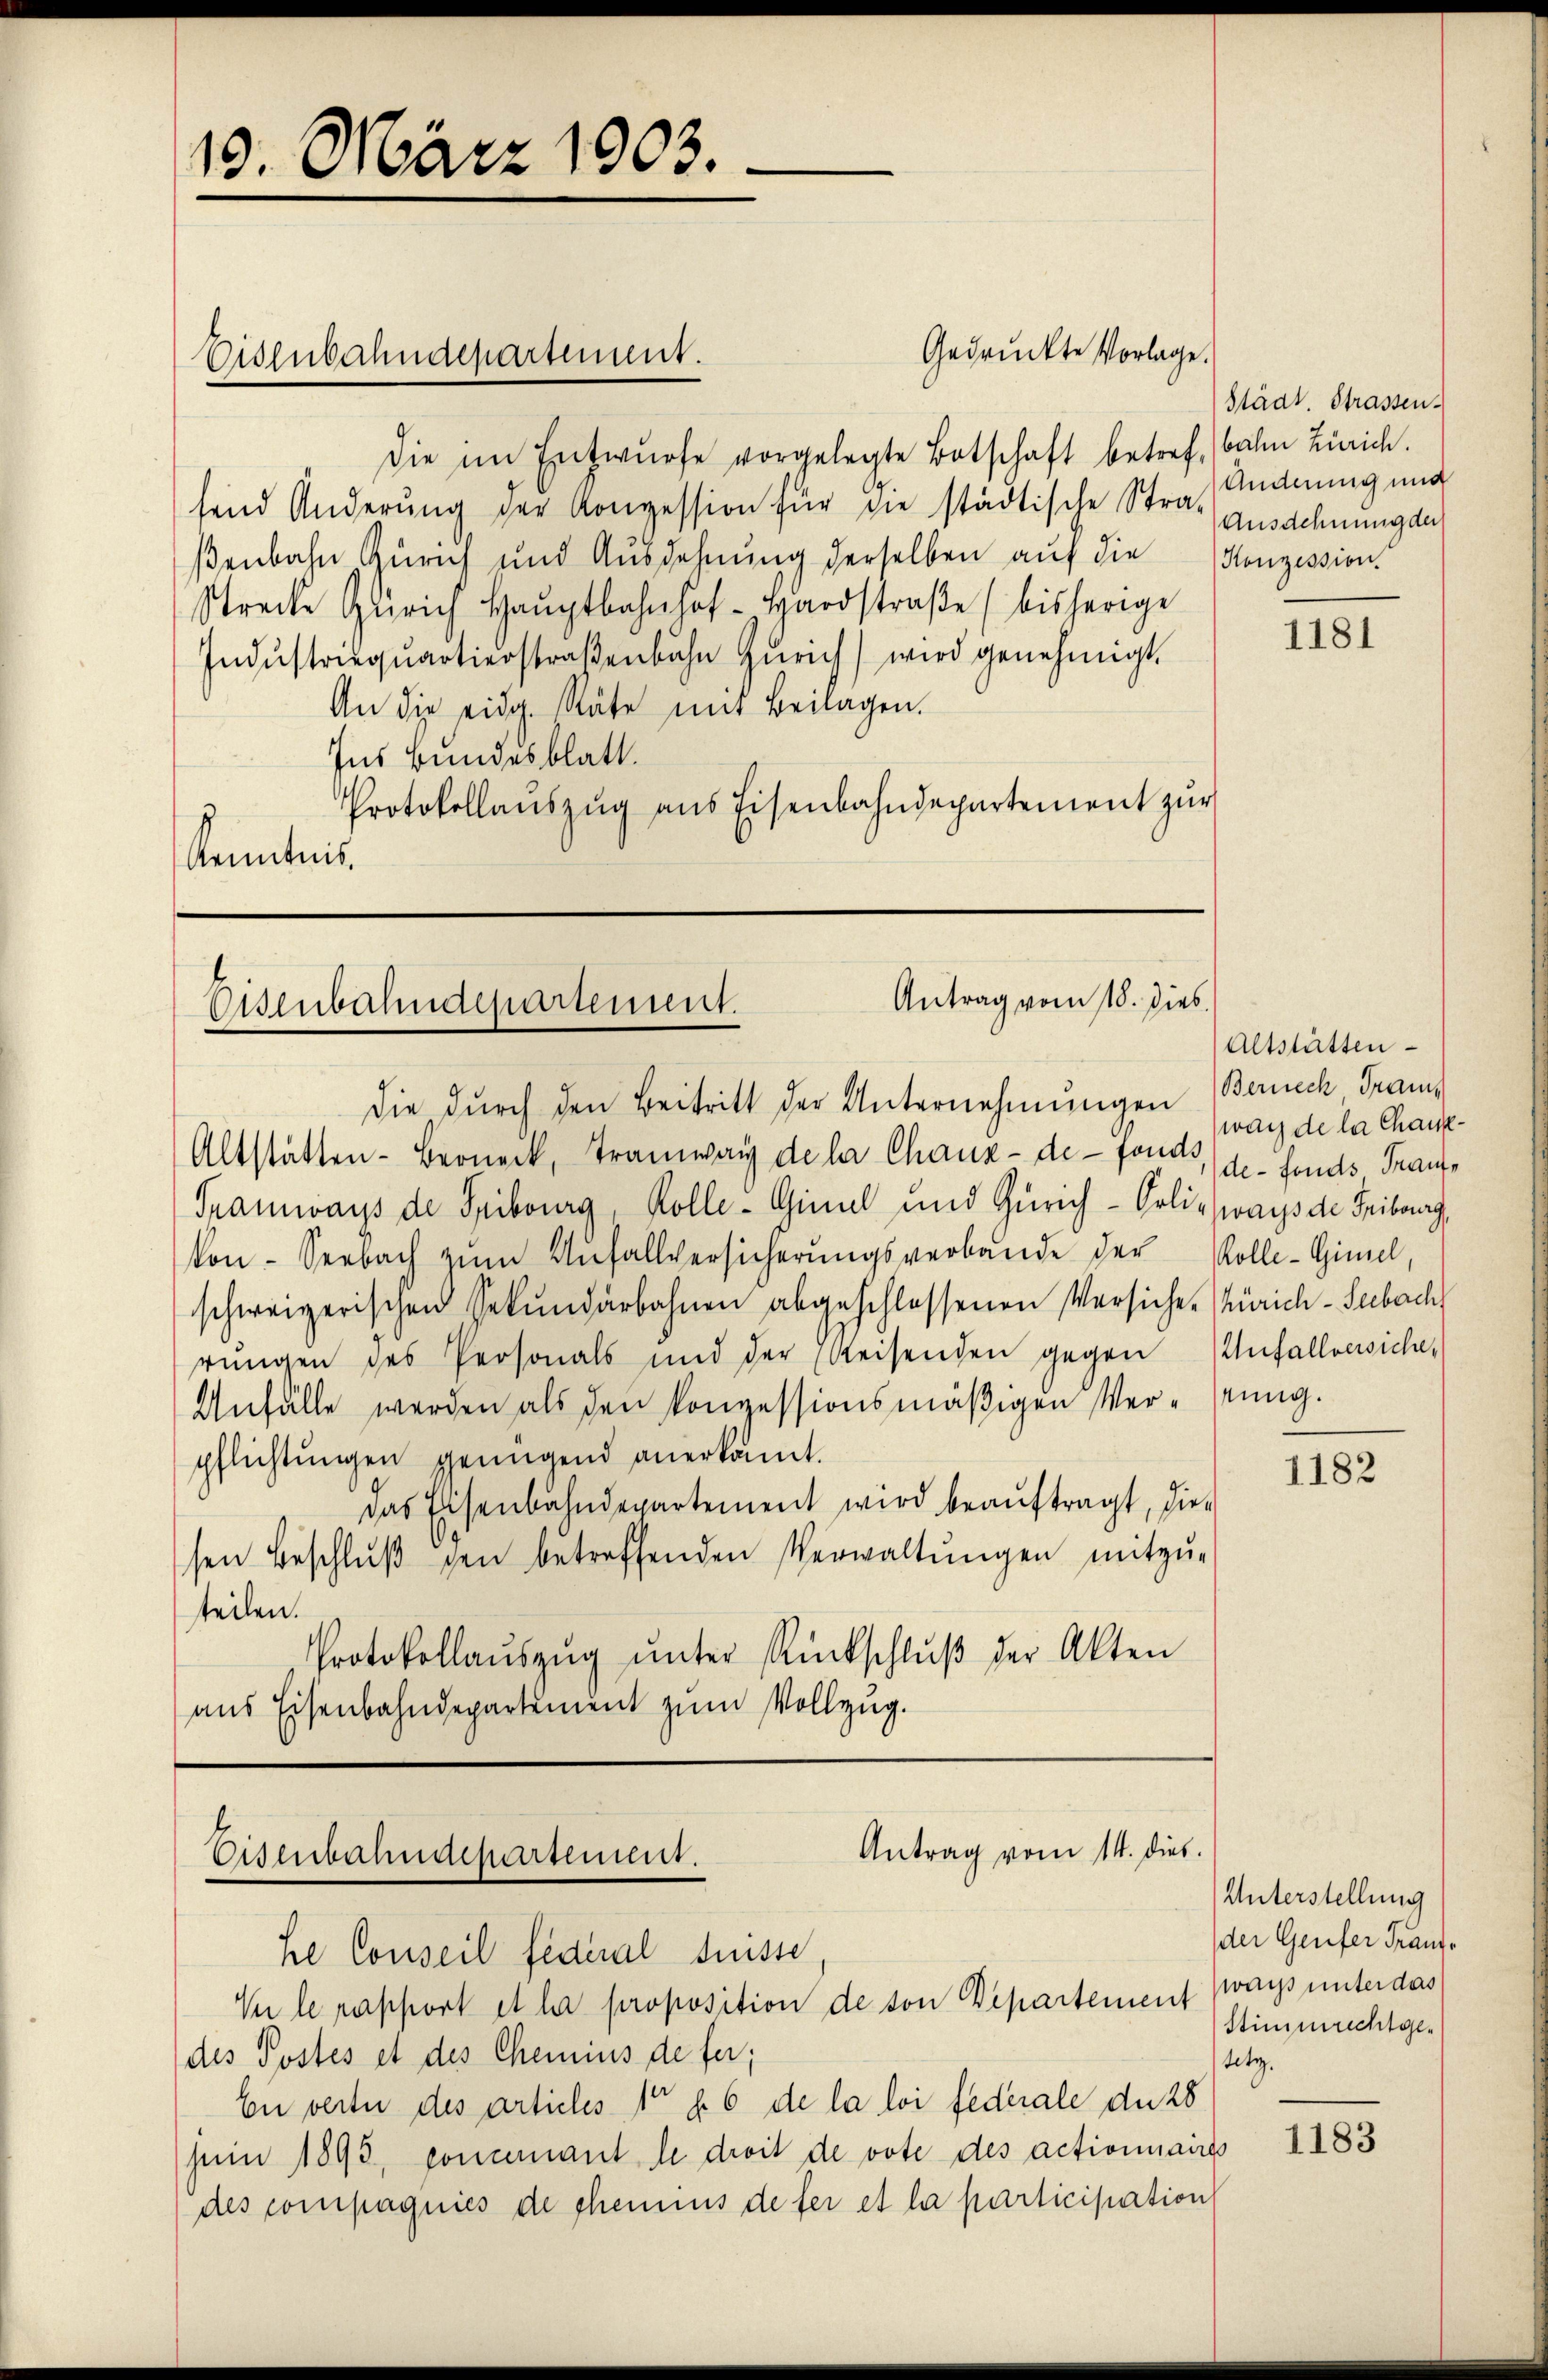
19. März 1903.

die im Entwürfe vorgelegte Botschaft betref bahn Zürich.
send Änderung der Konzession für die städtische Straf ausdehnung der
ßenbahn Zürich und Ausdehnung derselben auf die Konzession
strecke Zürich Haŭptbahnhof - Hardstraβe bisherige
Indŭstrieqŭartierstraβenbahn Zürich) wird genehmigt.
An die eidg. Räte mit Beilagen.
Ins Bundesblatt.
Protokollaŭszŭg ans Eisenbahndepartement zŭr
Kenntnis.

Eisenbahndepartement.

Gedruckte Vorlage.

Antrag vom 18. dies
Eisenbahndepartement.
die durch den Beitritt der Unternehmungen Berech Fran¬

Altstatten- Berneck, Tramwar de la Chaux-de-Fond, de fonds Fraue
Tramways de Fribourg, Kolle-Ginal und Zürich - Orlis ways de Fribourg,
kon-Seebach zŭm Unfallversicherŭngsverbande der Kolle-Gimel,
schweizerischen Sekundarbahnen abgeschlossenen Versiche Zürich - Seebach
rŭngen des Personals und der Reisenden gegen Zufallversiche¬
Anfälle werden als den konzessionsmäßigen Ver- stung.
pflichtungen genügend anerkannt.
Das Eisenbahndepartement wird beaŭftragt, die-
sen Beschlŭβ den betreffenden Verwaltŭngen mitzŭ-
teilen.
Protokollaŭszŭg ŭnter Rückschlŭβ der Akten
aus Eisenbahndepartement zum Vollzug.

Antrag vom 14. dies
Eisenbahndepartement.
he Conseil fédéral Suisse,
V le rapport et la proposition de von Departement wars unter das

Städt Strassen.
Änderung und

des Postes et des Chemins de fer;
En verte des articles 10 f. 6 de la loi federale du 28
juin 1893, concernant le droit de vote des actionnaires
des compagnies de chemnus defer et la participation

1181

(Altstätten
war de la chank¬

1182

Unterstellung
der Genfer Franz¬
Stimmrechtgetetz.

1183